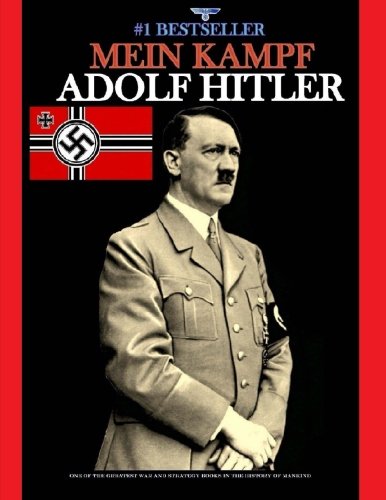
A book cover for Mein Kampf: (Banned and the Bestseller); Adolf Hitler; Biographies & Memoirs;